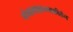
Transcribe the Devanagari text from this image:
गंगामाहात्म्यकीर्तन